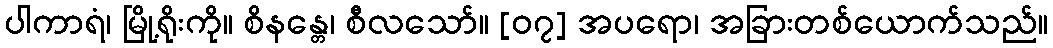
ပါကာရံ၊ မြို့ရိုးကို။ စိနန္တေ၊ စီလသော်။ [၀၇] အပရော၊ အခြားတစ်ယောက်သည်။